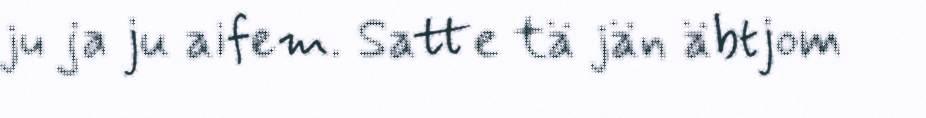
ju ja ju aifem. Satte tä jän äbtjom